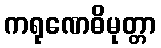
ကရုဏေဓိမုတ္တာ